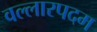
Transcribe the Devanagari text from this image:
वल्लारपदम